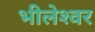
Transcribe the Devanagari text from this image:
भीलेश्‍वर